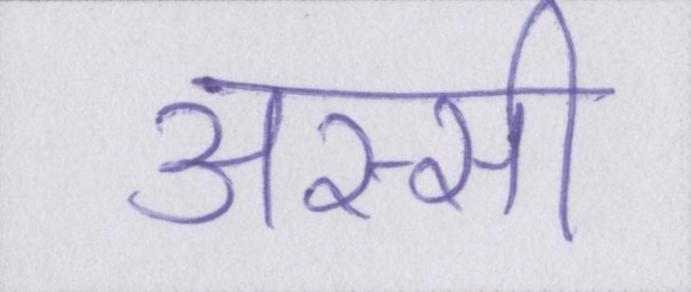
अस्सी